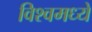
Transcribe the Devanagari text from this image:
विश्वमध्ये